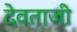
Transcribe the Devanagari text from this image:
देवताजी